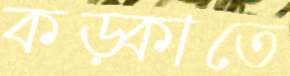
কড়্‌কাতে